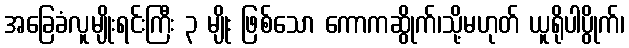
အခြေခံလူမျိုးရင်းကြီး ၃ မျိုး ဖြစ်သော ကောကဆွိုက်၊သို့မဟုတ် ယူရိုပါပွိုက်၊